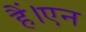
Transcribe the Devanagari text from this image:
हैं।एन